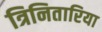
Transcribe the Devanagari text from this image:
त्रिनितारिया